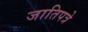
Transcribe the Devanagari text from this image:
जातिपत्रे